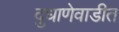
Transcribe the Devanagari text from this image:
दुधाणेवाडीत